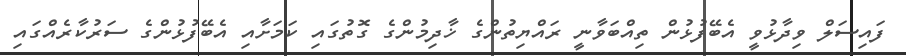
ފައިސަލް ވިދާޅުވީ އެބޭފުޅުން ތިއްބަވާނީ ރައްޔިތުންގެ ޚާދިމުންގެ ގޮތުގައި ކަމަށާއި އެބޭފުޅުންގެ ސަރުކާރެއްގައި